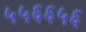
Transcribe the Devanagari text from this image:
५५६६५६